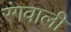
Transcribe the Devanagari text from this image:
रंगवाली